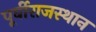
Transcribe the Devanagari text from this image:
पूर्वीराजस्थान